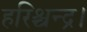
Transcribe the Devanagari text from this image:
हरिश्चन्द्र।